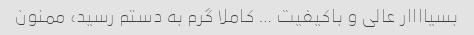
بسیاااار عالی و باکیفیت … کاملا گرم به دستم رسید، ممنون